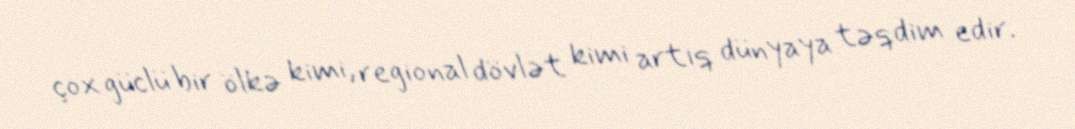
çox güclü bir ölkə kimi, regional dövlət kimi artıq dünyaya təqdim edir.